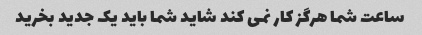
ساعت شما هرگز کار نمی کند شاید شما باید یک جدید بخرید